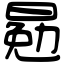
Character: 𣈳